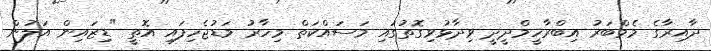
ދާއިރާގެ މެމްބަރު އިބްރާހީމްދީދީ ވިދާޅުވިގޮތުގައި މަސައްކަތް މިހާރު މަޑުޖެހިފައި އޮތީ "ޑިޒައިން އަލުން